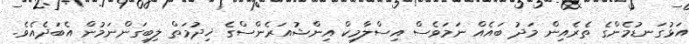
އަޅުގަނޑުމެންގެ ތެރެއިން މަދު ބައެއް ނަމަވެސް އިސްލާމިކް އިންޝުއަރެންސްގެ ޚިދުމަތް ލިބިގަންނަމުން އެބަދެއެވެ.